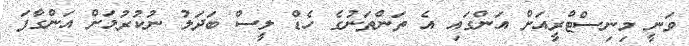
ވަނީ މިނިސްޓްރީއަށް އަންގައި އެ ތަންތަނުގެ ހެޑް ލީސް ބަދަލު ނުކުރުމަށް އަންގާފަ